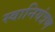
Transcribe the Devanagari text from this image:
स्वानियंत्रण